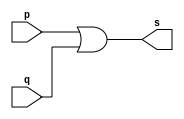
// Exemplo0004 - OR
// Nome: Tiago Moreira

// -- or gate

module orgate (output s, input p, input q);
	assign s = p|q; //criar vinculo permanente (dependencia)
endmodule //orgate

// --test orgate

module testorgate;

// ---- dados locais

reg a,b; //definir registradores (variavel independente)

wire s; //definir conexao (fio) - (variavel dependente)

// ---- instancia

orgate OR1 (s,a,b);

// ---- preparacao

initial
	begin:start
	a = 0; b = 0;
	end
	
// ---- parte principal

initial
	begin:main
	
	//execucao unitaria
	$display ("Exemplo0004 - Tiago Moreira - 438948");
	$display ("Test Or Gate");
	$display ("\n\t\t time\ta|b = s");
	
	// apos uma unidade de tempo mudar o valor do registrador
	#1	$display ("%d \t%b|%b = %b",$time,a,b,s);
	a = 0;	b = 1;
	
	// apos uma unidade de tempo mudar o valor do registrador
	#1	$display ("%d \t%b|%b = %b",$time,a,b,s);
	a = 1;	b = 0;
	
	// apos uma unidade de tempo mudar o valor do registrador
	#1	$display ("%d \t%b|%b = %b",$time,a,b,s);
	a = 1;	b = 1;
	
	// apos uma unidade de tempo exibir os valores dos registradores e da saida
	#1	$display ("%d \t%b|%b = %b",$time,a,b,s);
	
	end
endmodule //testorgate

// -- Documentacao complementar
// 
// 		Historico
// Nome					Data				Modificacao
// Exemplo0001			05/08/2011		Esboco Buffer
// Exemplo0002			05/08/2011		Esboco Porta not ( not gate )
// Exemplo0003			05/08/2011		Esboco Porta and ( and gate )
// Exemplo0004			05/08/2011		Esboco Porta or ( or gate )
//
//			Testes e Resultados
//
// Exemplo0001
//			time		a = s
//			0			0 = 0
//			1			1 = 1
//			2			0 = 0
//
//	Exemplo0002
//			time	~a = s
//			 1		~0 = 1
//			 2		~1 = 0
//
//	Exemplo0003
//			time	a&b = s
//			 1		0&0 = 0
//			 2		0&1 = 0
//			 3		1&0 = 0
//			 4		1&1 = 1
//
//	Exemplo0004
//			time	a|b = s
//			 1		0|0 = 0
//			 2		0|1 = 1
//			 3		1|0 = 1
//			 4		1|1 = 1
//